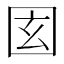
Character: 𡇎